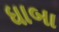
ધાબા